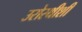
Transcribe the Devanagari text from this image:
उरोस्थीशी